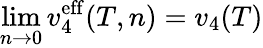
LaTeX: \operatorname*{lim}_{n\to 0}v_{4}^{\mathrm{eff}}(T,n)=v_{4}(T)